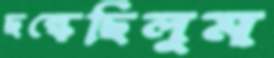
ছল্‌কেছিলুম